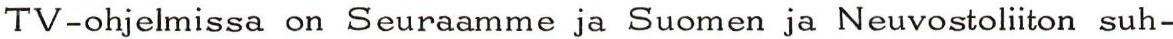
TV-ohjelmissa on Seuraamme ja Suomen ja Neuvostoliiton suh-